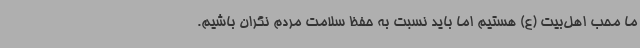
ما محب اهل‌بیت (ع) هستیم اما باید نسبت به حفظ سلامت مردم نگران باشیم.